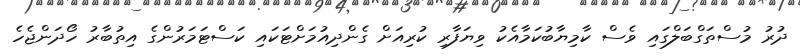
ދުރު މުސްތަގްބަލްގައި ވެސް ކާމިޔާބުކަމާއެކު ވިޔަފާރި ކުރިއަށް ގެންދިއުމަށްޓަކައި ކަސްޓަމަރުންގެ އިތުބާރު ހޯދަންޖެހެ